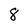
Character: 8